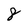
Character: 8